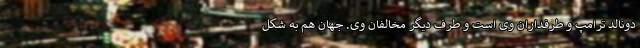
دونالد ترامپ و طرفداران وی است و طرف دیگر مخالفان وی. جهان هم به شکل